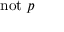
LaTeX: \mathrm { n o t } ~ p